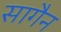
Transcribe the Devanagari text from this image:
सागैन